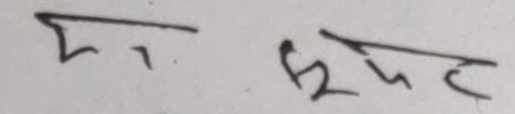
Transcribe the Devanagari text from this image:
म १ भूदुट